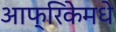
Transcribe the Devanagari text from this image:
आफ्रिकेमधे